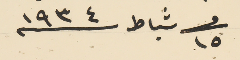
فى ١٥ شباط ١٩٣٤